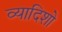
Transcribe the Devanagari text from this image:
व्यादिशो